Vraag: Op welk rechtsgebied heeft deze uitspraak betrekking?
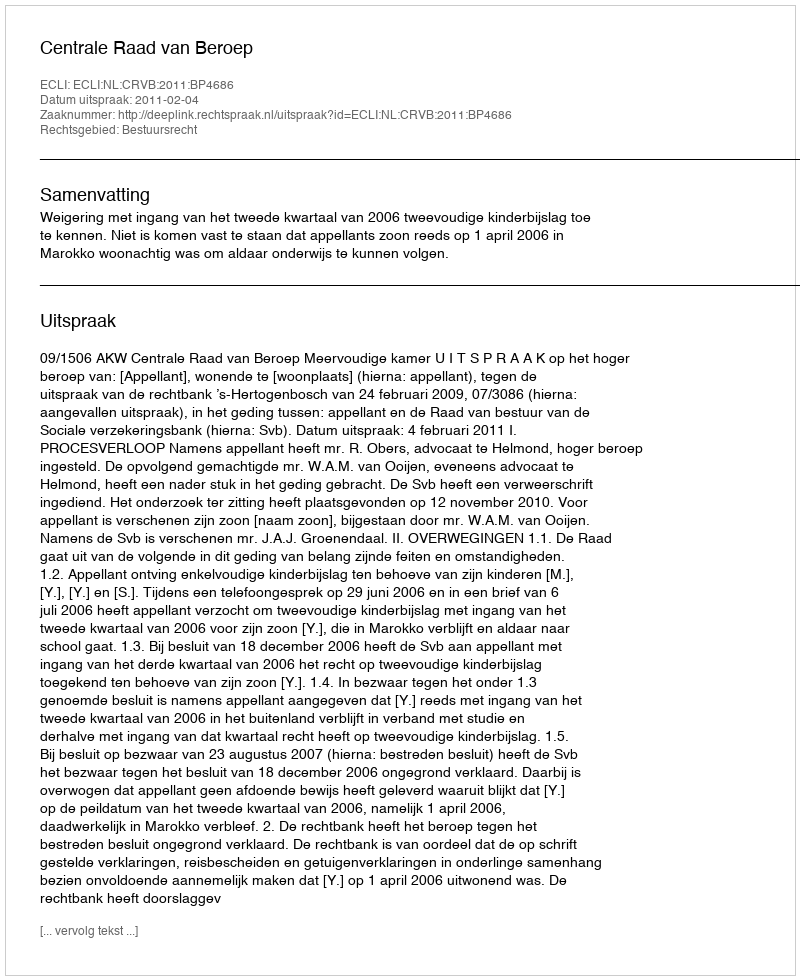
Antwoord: Bestuursrecht